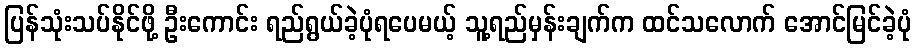
ပြန်သုံးသပ်နိုင်ဖို့ ဦးကောင်း ရည်ရွယ်ခဲ့ပုံရပေမယ့် သူ့ရည်မှန်းချက်က ထင်သလောက် အောင်မြင်ခဲ့ပုံ